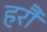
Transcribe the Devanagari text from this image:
हरौं